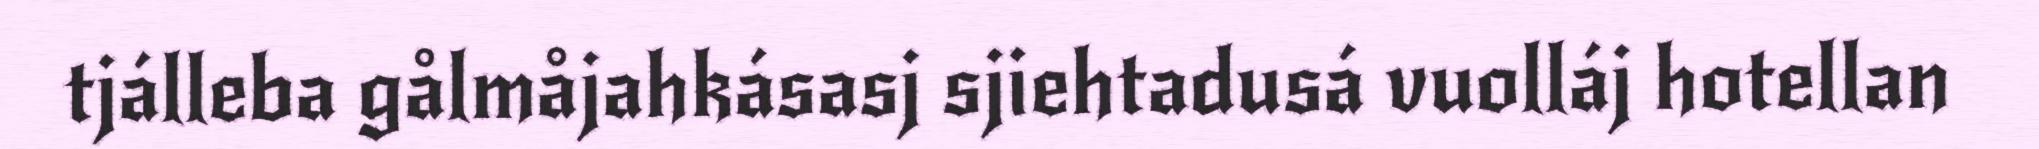
tjálleba gålmåjahkásasj sjiehtadusá vuolláj hotellan